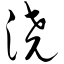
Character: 浇